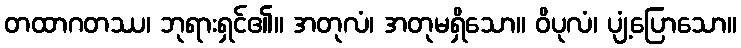
တထာဂတဿ၊ ဘုရားရှင်၏။ အတုလံ၊ အတုမရှိသော။ ဝိပုလံ၊ ပျံ့ပြောသော။